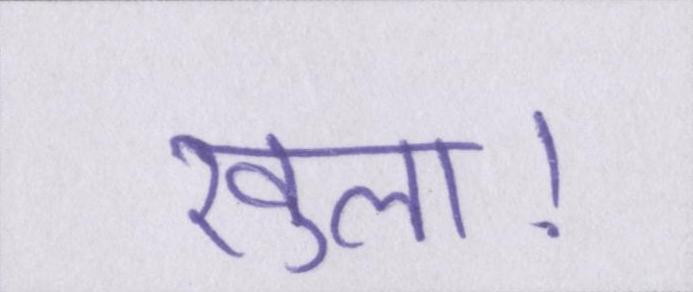
खुला।